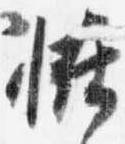
恠